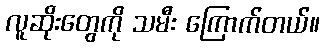
လူဆိုးတွေကို သမီး ကြောက်တယ်။